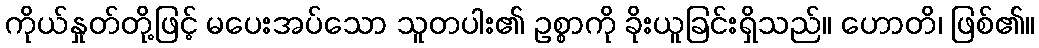
ကိုယ်နှုတ်တို့ဖြင့် မပေးအပ်သော သူတပါး၏ ဥစ္စာကို ခိုးယူခြင်းရှိသည်။ ဟောတိ၊ ဖြစ်၏။